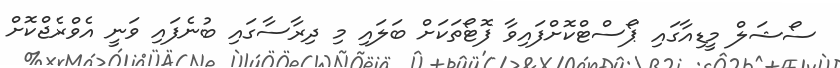
ސޯޝަލް މީޑިއާގައި ޕޯސްޓްކޮށްފައިވާ ފޮޓޯތަކަށް ބަލައި މި ދިރާސާގައި ބުނެފައި ވަނީ އެވްރެޖްކޮށް